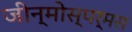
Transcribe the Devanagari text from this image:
जीन्मोस्पर्मस